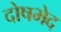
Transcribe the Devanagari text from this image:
दोषभेद